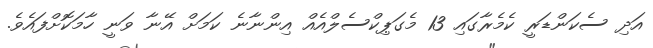
އަދި ސެކަންޑަރީ ކެމެރާގައި 13 މެގަޕިކްސެލްއެއް އިންނާނެ ކަމަށް އޭނާ ވަނީ ހާމަކޮށްފައެވެ.